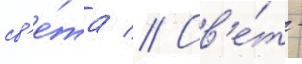
св'е́та // Св'е́т -